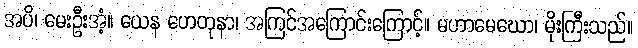
အပိ၊ မေးဦးအံ့။ ယေန ဟေတုနာ၊ အကြင်အကြောင်းကြောင့်။ မဟာမေဃော၊ မိုးကြီးသည်။